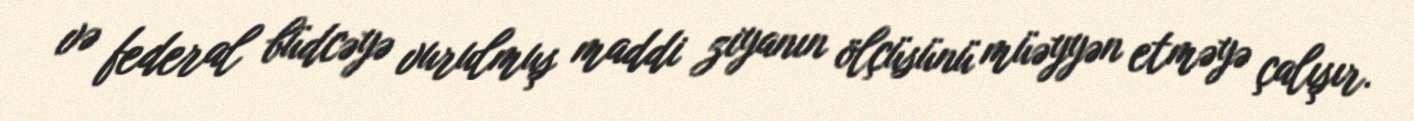
və federal büdcəyə vurulmuş maddi ziyanın ölçüsünü müəyyən etməyə çalışır.